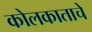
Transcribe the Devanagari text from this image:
कोलकाताचे